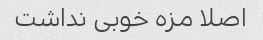
اصلا مزه خوبی نداشت